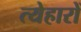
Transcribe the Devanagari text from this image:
त्येहारों